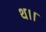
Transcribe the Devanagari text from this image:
थ।।